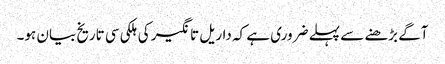
آگے بڑھنے سے پہلے ضروری ہے کہ داریل تانگیر کی ہلکی سی تاریخ بیان ہو۔